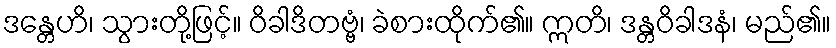
ဒန္တေဟိ၊ သွားတို့ဖြင့်။ ဝိခါဒိတဗ္ဗံ၊ ခဲစားထိုက်၏။ ဣတိ၊ ဒန္တဝိခါဒနံ၊ မည်၏။